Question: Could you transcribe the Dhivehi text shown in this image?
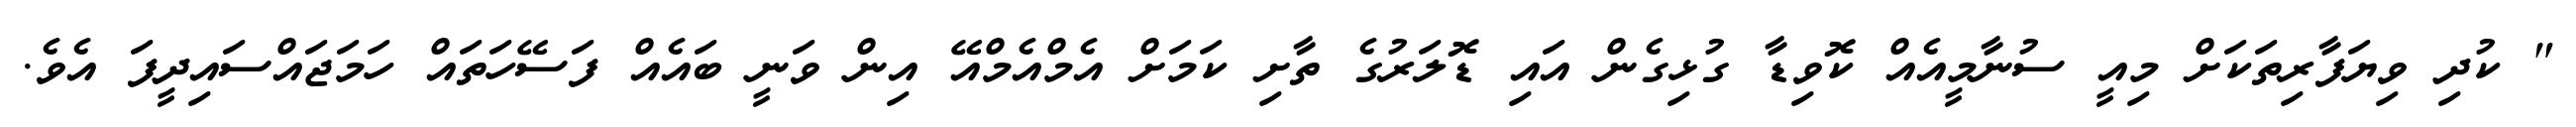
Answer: " ކުދި ވިޔަފާރިތަކަށް މިއީ ސުނާމީއެއް ކޮވިޑާ ގުޅިގެން އައި ޑޮލަރުގެ ތާށި ކަމަށް އެމްއެމްއޭ އިން ވަނީ ބައެއް ފަސޭހަތައް ހަމަޖައްސައިދީފަ އެވެ.